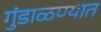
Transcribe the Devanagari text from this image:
गुंडाळण्यात